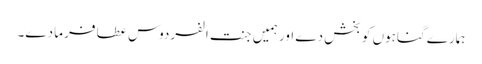
ہمارے گناہوں کو بخش دے اور ہمیں جنت الفردوس عطا فرما دے۔